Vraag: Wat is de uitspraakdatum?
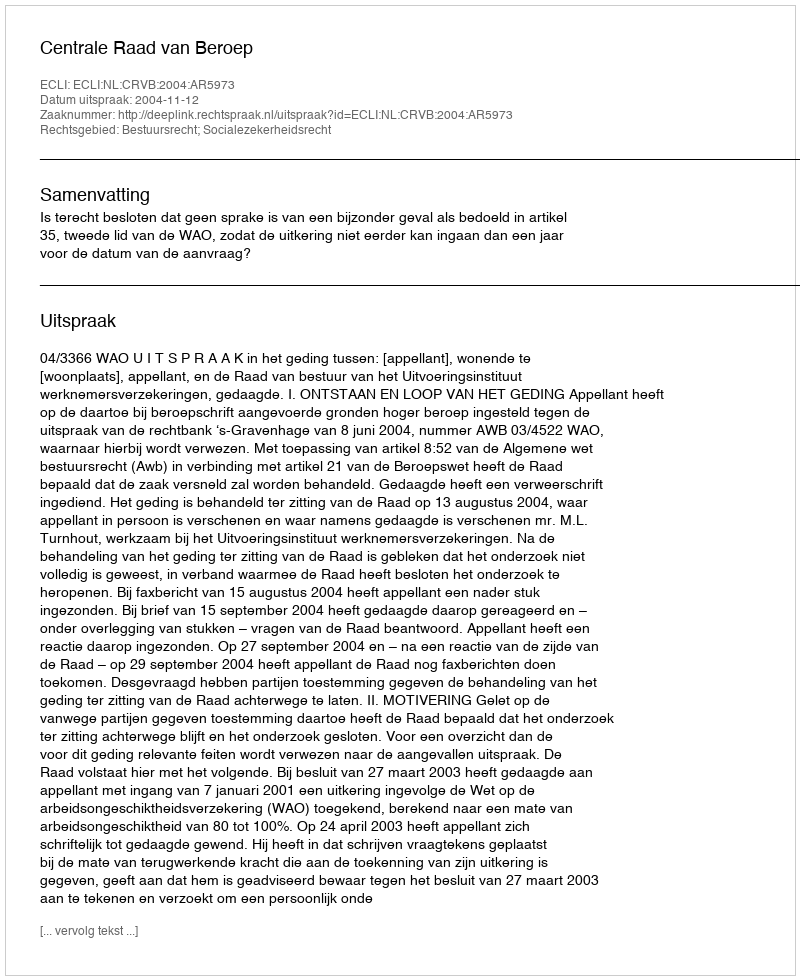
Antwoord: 2004-11-12